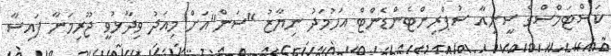
ކަސްޓަމްސްގެ ސީނިއާ ސުޕްރިންޓެންޑެންޓް އަހުމަދު ނިޔާޒު "ސަން"އަށް މިއަދު ވިދާޅުވީ ޖޫރިމަނާ ފައިސާ